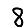
Digit: 8